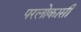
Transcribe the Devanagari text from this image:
परलोकासी